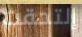
إلتحقت